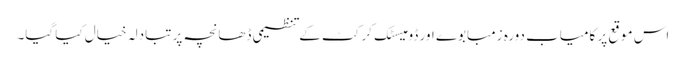
اس موقع پر کامیاب دورہ زمبابوے اور ڈومیسٹک کرکٹ کے تنظیمی ڈھانچہ پر تبادلہ خیال کیا گیا۔